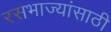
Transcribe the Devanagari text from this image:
रसभाज्यांसाठी